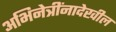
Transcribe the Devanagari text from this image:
अभिनेत्रींनादेखील